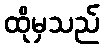
ထိုမှသည်